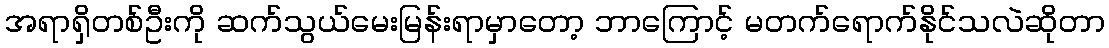
အရာရှိတစ်ဦးကို ဆက်သွယ်မေးမြန်းရာမှာတော့ ဘာကြောင့် မတက်ရောက်နိုင်သလဲဆိုတာ